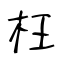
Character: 枉